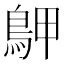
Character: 𪀌